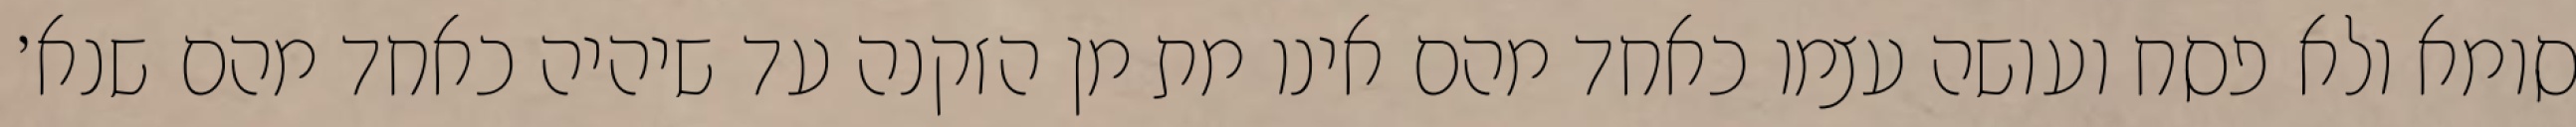
סומא ולא פסח ועושה עצמו כאחד מהם אינו מת מן הזקנה עד שיהיה כאחד מהם שנא׳